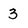
Character: 3